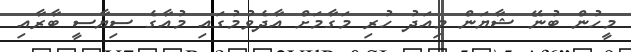
މީހުން ބުނޭ ޝާޔަން މިއަދު ހުރި މަގާމަށް އާދެވުމުގައި މުއާގެ ސިޔާސީ ބާރާއި